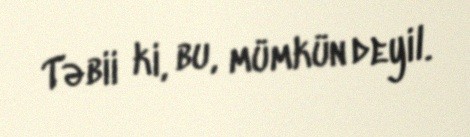
Təbii ki, bu, mümkün deyil.